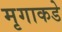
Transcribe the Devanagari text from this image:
मृगाकडे